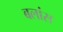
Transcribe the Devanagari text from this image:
बलांस